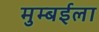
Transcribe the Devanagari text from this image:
मुम्बईला